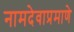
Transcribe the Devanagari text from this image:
नामदेवाप्रमाणे